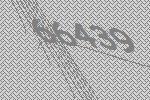
66439